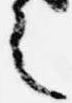
之